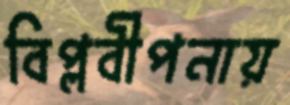
বিপ্লবীপনায়